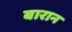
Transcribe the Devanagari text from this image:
बारान